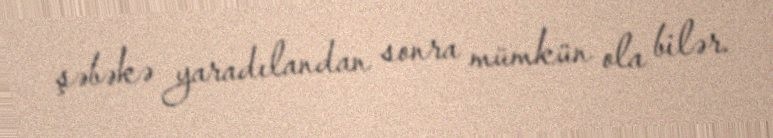
şəbəkə yaradılandan sonra mümkün ola bilər.